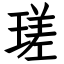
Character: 瑳